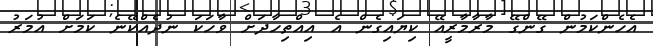
އެހެންކަމުން ގޭންގޭ މާރާމާރީއޭ ކިޔައިގެން އެ އިއްތިހާދަށް ވާހަކަ ނުދެއްކޭނެ ކަމަށް އުމަރު